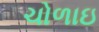
ચોળાઇ